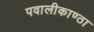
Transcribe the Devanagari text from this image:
पवालीकाण्ठा